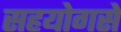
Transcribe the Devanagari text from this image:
सहयोगसे